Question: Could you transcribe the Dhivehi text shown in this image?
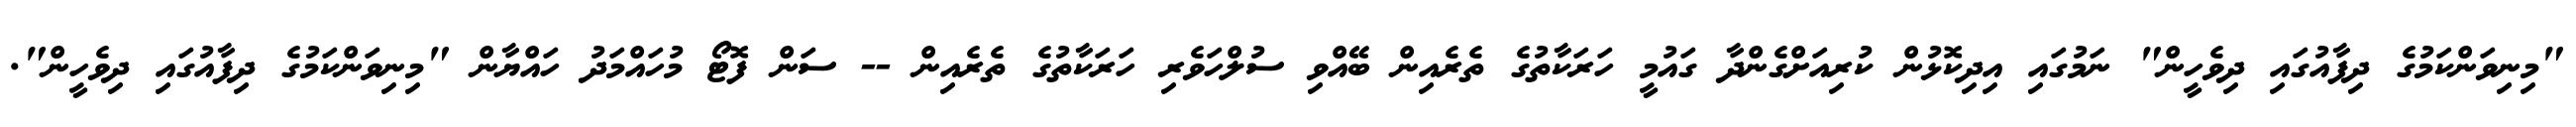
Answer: "މިނިވަންކަމުގެ ދިފާއުގައި ދިވެހީން" ނަމުގައި އިދިކޮޅުން ކުރިއަށްގެންދާ ގައުމީ ހަރަކާތުގެ ތެރެއިން ބޭއްވި ސުލްހަވެރި ހަރަކާތުގެ ތެރެއިން -- ސަން ފޮޓޯ މުހައްމަދު ހައްޔާން "މިނިވަންކަމުގެ ދިފާއުގައި ދިވެހީން".